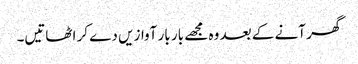
گھر آنے کے بعد وہ مجھے بار بار آوازیں دے کر اٹھاتیں۔